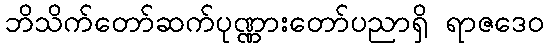
ဘိသိက်တော်ဆက်ပုဏ္ဏားတော်ပညာရှိ ရာဇဒေဝ